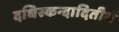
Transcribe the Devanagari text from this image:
दधिस्कन्दादितीर्थ